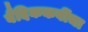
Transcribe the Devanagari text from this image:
वैदिककवींचा